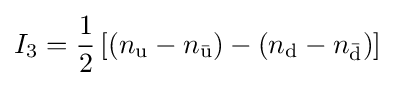
I_{3}={\frac {1}{2}}\left[\left(n_{\text{u}}-n_{\bar {\text{u}}}\right)-\left(n_{\text{d}}-n_{\bar {\text{d}}}\right)\right]